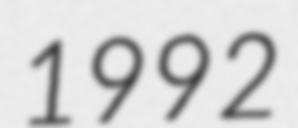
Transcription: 1992